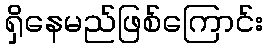
ရှိနေမည်ဖြစ်ကြောင်း